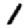
Digit: 1